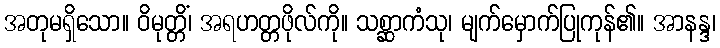
အတုမရှိသော။ ဝိမုတ္တိံ၊ အရဟတ္တဖိုလ်ကို။ သစ္ဆာကံသု၊ မျက်မှောက်ပြုကုန်၏။ အာနန္ဒ၊